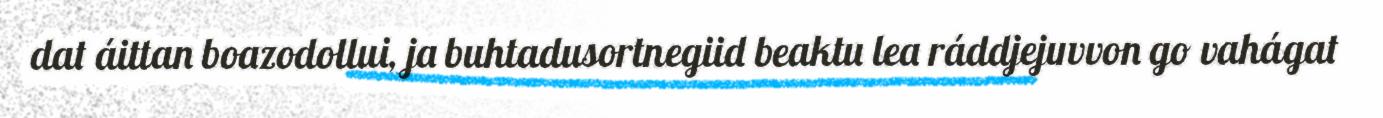
dat áittan boazodollui, ja buhtadusortnegiid beaktu lea ráddjejuvvon go vahágat